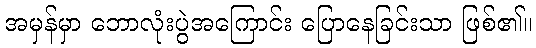
အမှန်မှာ ဘောလုံးပွဲအကြောင်း ပြောနေခြင်းသာ ဖြစ်၏။